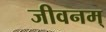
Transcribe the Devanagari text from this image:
जीवनम्